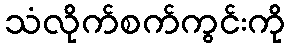
သံလိုက်စက်ကွင်းကို